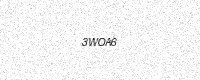
Text: 3WOA6